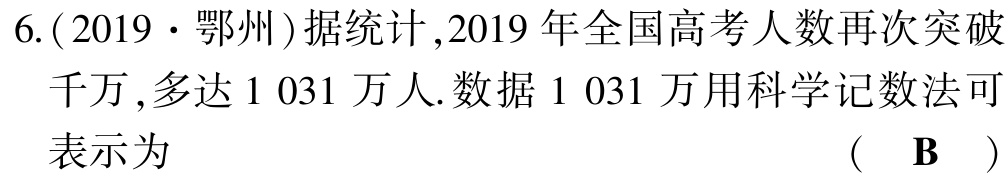
6.(2019·鄂州)据统计,2019年全国高考人数再次突破千万,多达1 031万人.数据1 031万用科学记数法可表示为 （ B ）